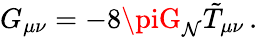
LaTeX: G_{\mu\nu}=-8\piG_{\mathcal{N}}\tilde{{T}}_{\mu\nu}\, .